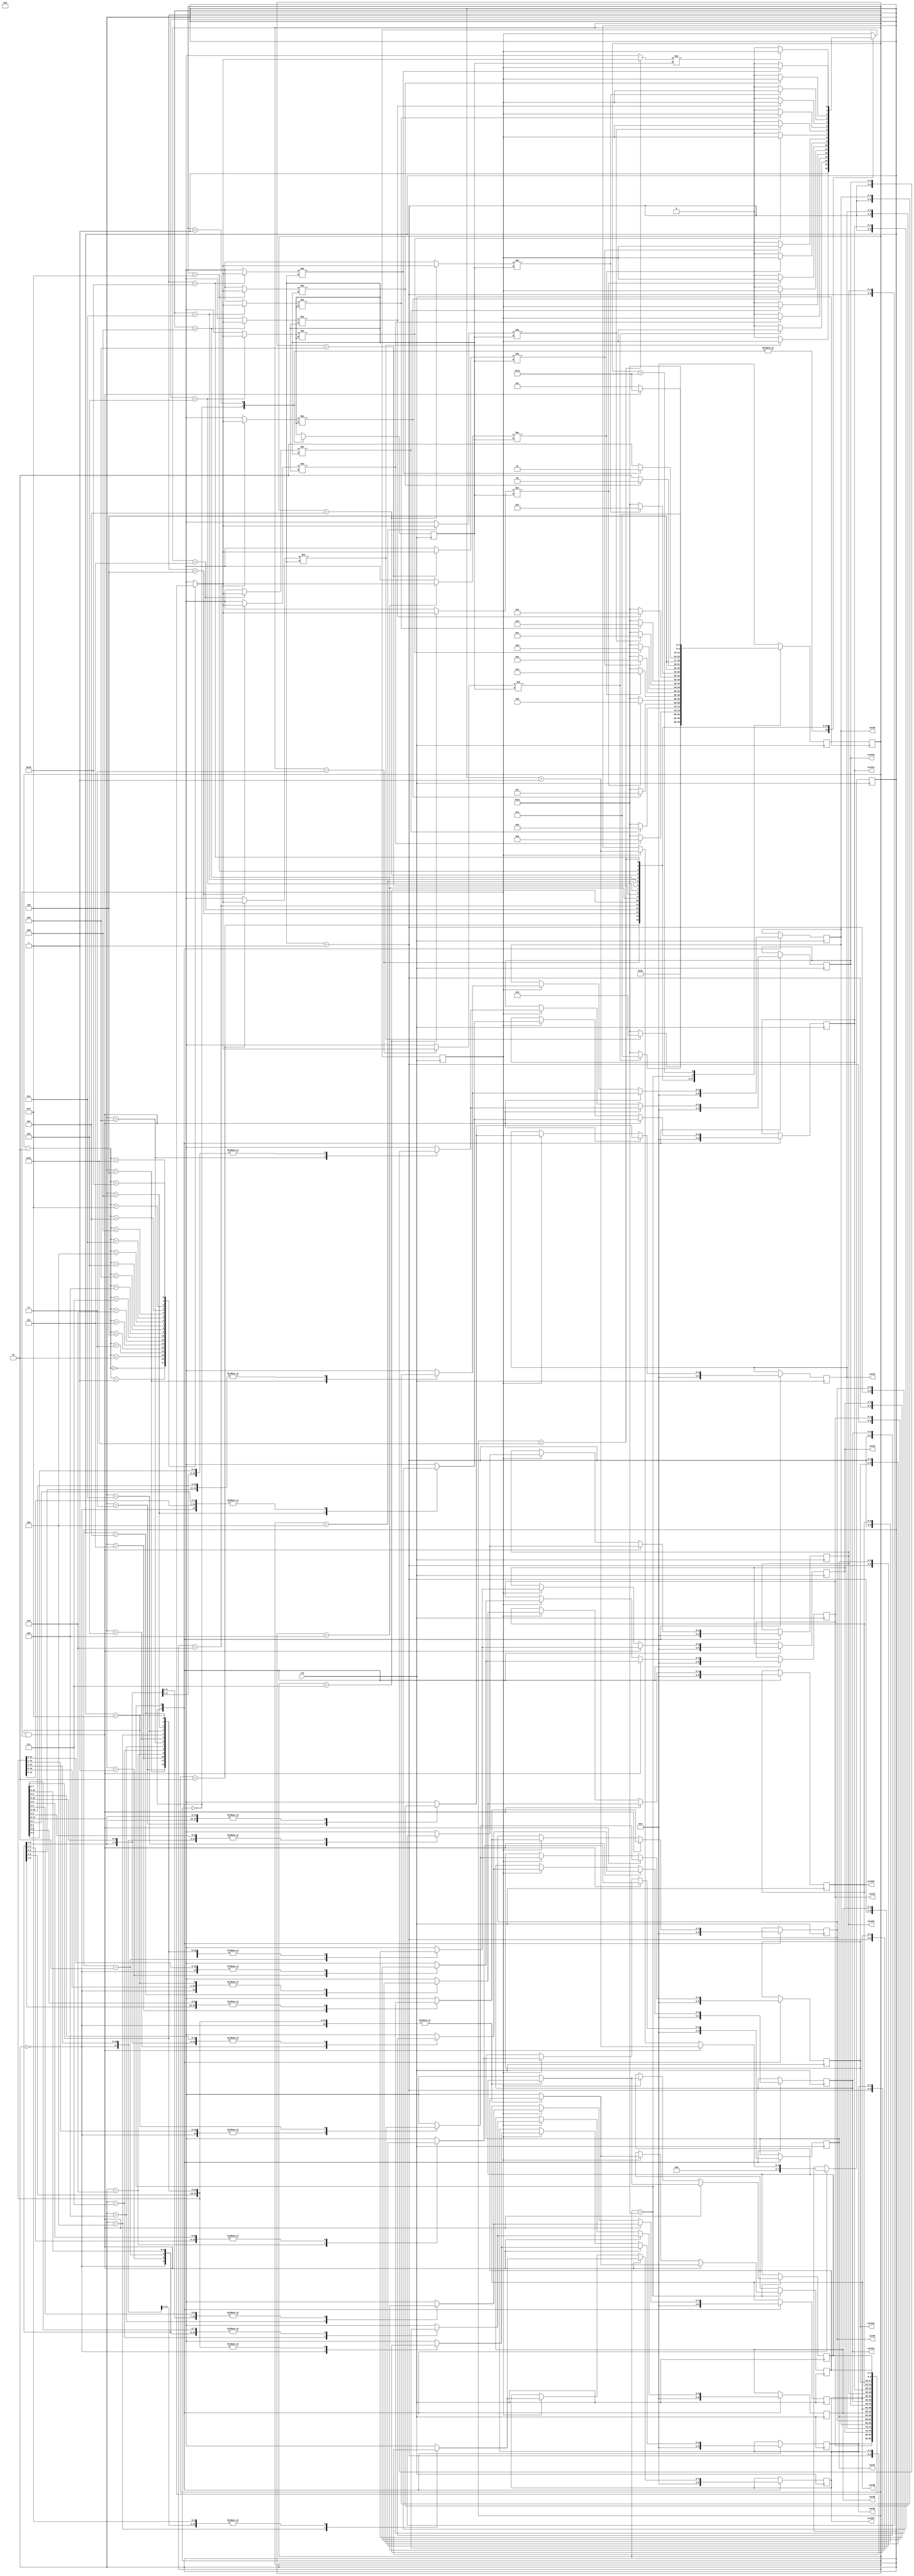
`timescale 1ns / 1ps
//////////////////////////////////////////////////////////////////////////////////
// Company: 
// Engineer: 
// 
// Design Name: 
// Module Name:    pos_generator 
// Project Name: 
// Target Devices: 
// Tool versions: 
// Description: 
//
// Dependencies: 
//
// Revision: 
// Revision 0.01 - File Created
// Additional Comments: 
//
//////////////////////////////////////////////////////////////////////////////////
module pos_generator(
    input clk,
    output reg [4:0] card1,
	 output reg [4:0] card2,
	 output reg [4:0] card3,
	 output reg [4:0] card4,
	 output reg [4:0] card5,
	 output reg [4:0] card6,
	 output reg [4:0] card7,
	 output reg [4:0] card8,
	 output reg [4:0] card9,
	 output reg [4:0] card10,
	 output reg [4:0] card11,
	 output reg [4:0] card12,
	 output reg [4:0] card13,
	 output reg [4:0] card14,
	 output reg [4:0] card15,
	 output reg [4:0] card16
    );

//internal var
reg [4:0] state, next_state;
reg [3:0] count, next_value, i, st, nst;
reg [4:0] posicion [0:17];//[3:0] [0:17]
reg avanzar0, avanzar, aceptado;
//code

 
always@(clk)
begin
card1 <=  posicion[0];
card2 <= posicion[1];
card3 <= posicion[2];
card4 <= posicion[3];
card5 <= posicion[4];
card6 <= posicion[5];
card7 <= posicion[6];
card8 <= posicion[7];
card9 <= posicion[8];
card10 <= posicion[9];
card11 <= posicion[10];
card12 <= posicion[11];
card13 <= posicion[12];
card14 <= posicion[13];
card15 <= posicion[14];
card16 <= posicion[15];
end

always@(posedge clk)
begin
case(state)
    0:begin
	   count = 0;
		aceptado = 1;
	   posicion[0] = 0;
		posicion[1] = 0;
		posicion[2] = 0;
		posicion[3] = 0;
		posicion[4] = 0; 
		posicion[5] = 0;
		posicion[6] = 0;
		posicion[7] = 0;
		posicion[8] = 0;
		posicion[9] = 0;
		posicion[10] = 0;
		posicion[11] = 0;
		posicion[12] = 0;
		posicion[13] = 0;
		posicion[14] = 0;
		posicion[15] = 0;
		next_state = 1;
		next_value = 0;
	   end
	 1:begin
	  aceptado = 1;
	  next_value = $random;
	  next_state = 2;
	  end
	 2:begin
	   if(posicion[state - 2] != next_value)
		   next_state = 3;
		else
		begin
		   aceptado = 0;
		   next_state = 18;
		end
	   end
	 3:begin
	   if(posicion[state - 2] != next_value)
		   next_state = 4;
		else
		begin		
		   next_state = 18;
		   aceptado = 0;
		end
	   end
	 4:begin
	   if(posicion[state - 2] != next_value)
		   next_state = 5;
		else
      begin		
		   next_state = 18;
		   aceptado = 0;
	   end 
	   end
	 5:begin
	   if(posicion[state - 2] != next_value)
		   next_state = 6;
		else
      begin		
		   next_state = 18;
		   aceptado = 0;
		end
	   end
	 6:begin
	   if(posicion[state - 2] != next_value)
		   next_state = 7;
		else 
		begin
		   next_state = 18;
		   aceptado = 0;
		end
	   end
	 7:begin
	   if(posicion[state - 2] != next_value)
		   next_state = 8;
		else
      begin		
		   next_state = 18;
		   aceptado = 0;
		end
	   end
	8:begin
	 if(posicion[state - 2] != next_value)
		   next_state = 9;
		else
      begin		
		   next_state = 18;
		   aceptado = 0;
		end
	   end
	 9:begin
	   if(posicion[state - 2] != next_value)///////////////////cambiar st
		   next_state = 10;
		else
      begin		
		   next_state = 18;
		   aceptado = 0;
		end
	   end
	 10:begin
	   if(posicion[state - 2] != next_value)
		   next_state = 11;
		else 
		begin
		   next_state = 18;
		   aceptado = 0;
		end
	   end
	 11:begin
	   if(posicion[state - 2] != next_value)
		   next_state = 12;
		else
      begin	
		   next_state = 18;
		   aceptado = 0;
		end
	   end
	 12:begin
	   if(posicion[state - 2] != next_value)
		   next_state = 13;
		else
      begin
			next_state = 18;
		   aceptado = 0;
	   end
		end
	 13:begin
	   if(posicion[state - 2] != next_value)
		   next_state = 14;
		else
      begin		
		   next_state = 18;
		   aceptado = 0;
		end
	   end
	 14:begin
	   if(posicion[state - 2] != next_value)
		   next_state = 15;
		else 
	   begin	
    		next_state = 18;
		   aceptado = 0;
		end
	   end
	 15:begin
	   if(posicion[state - 2] != next_value)
		   next_state = 16;
		else
		begin		
		   next_state = 18;
		   aceptado = 0;
		end
	   end
	 16:begin
	   if(posicion[state - 2] != next_value)
		   next_state = 17;
		else
		begin	
		   next_state = 18;
		   aceptado = 0;
		end
	   end
	 17:begin
		 if(posicion[state - 2] != next_value)
		   next_state = 18;
		 else
		 begin
		   next_state = 18;
		   aceptado = 0;
		 end
	   end
	 18:begin
	   //aceptado = 1;///tempo
	   if((count == 15) && aceptado)
		begin
		  posicion[count] = next_value + 1;
		  count = count + 1;
	     next_state = 19;
		end
	   else if(aceptado)
	   begin
	     posicion[count] = next_value + 1;
		  count = count + 1;
	     next_state = 1;
	   end
		else
	   begin
	     next_state = 1;
	   end
		end
	 19:begin
	   next_state = 4;
		end
	 default:next_state = 0;
endcase  
end

always@(posedge clk)
begin
state <= next_state;
end
/**
always@(posedge FPGA_Clk)
begin
case(st)
    0:begin
	   if(avanzar && (posicion[st] != next_value))
		   nst = 1;
		else if(avanzar && (posicion[st] == next_value))
		begin
		   avanzar = 0;
		   nst = 0;
		   aceptado = 0;
		end
		else
		   nst = 0;
	   end
	 1:begin
	   if(posicion[st] != next_value)
		   nst = 2;
		else
		begin
         avanzar = 0;		
		   nst = 0;
		   aceptado = 0;
		end
	   end
	 2:begin
	   if(posicion[st] != next_value)
		   nst = 3;
		else
      begin
         avanzar = 0;		
		   nst = 0;
		   aceptado = 0;
	   end 
	   end
	 3:begin
	   if(posicion[st] != next_value)
		   nst = 4;
		else
      begin
         avanzar = 0;		
		   nst = 0;
		   aceptado = 0;
		end
	   end
	 4:begin
	   if(posicion[st] != next_value)
		   nst = 5;
		else 
		begin
		   avanzar = 0;
		   nst = 0;
		   aceptado = 0;
		end
	   end
	 5:begin
	   if(posicion[st] != next_value)
		   nst = 6;
		else
      begin
         avanzar = 0;		
		   nst = 0;
		   aceptado = 0;
		end
	   end
	 6:begin
	 if(posicion[st] != next_value)
		   nst = 7;
		else
      begin
         avanzar = 0;		
		   nst = 0;
		   aceptado = 0;
		end
	   end
	 7:begin
	   if(posicion[st] != next_value)
		   nst = 8;
		else
      begin
         avanzar = 0;		
		   nst = 0;
		   aceptado = 0;
		end
	   end
	 8:begin
	   if(posicion[st] != next_value)
		   nst = 9;
		else 
		begin
		   avanzar = 0;
		   nst = 0;
		   aceptado = 0;
		end
	   end
	 9:begin
	   if(posicion[st] != next_value)
		   nst = 10;
		else
      begin
         avanzar = 0;		
		   nst = 0;
		   aceptado = 0;
		end
	   end
	 10:begin
	   if(posicion[st] != next_value)
		   nst = 11;
		else
      begin		
		   avanzar = 0;
			nst = 0;
		   aceptado = 0;
	   end
		end
	 11:begin
	   if(posicion[st] != next_value)
		   nst = 12;
		else
      begin
         avanzar = 0;		
		   nst = 0;
		   aceptado = 0;
		end
	   end
	 12:begin
	   if(posicion[st] != next_value)
		   nst = 13;
		else 
	   begin	
		   avanzar = 0;
    		nst = 0;
		   aceptado = 0;
		end
	   end
	 13:begin
	   if(posicion[st] != next_value)
		   nst = 14;
		else
		begin
         avanzar = 0;		
		   nst = 0;
		   aceptado = 0;
		end
	   end
	 14:begin
	   if(posicion[st] != next_value)
		   nst = 15;
		else
		begin 
         avanzar = 0;		
		   nst = 0;
		   aceptado = 0;
		end
	   end
	 15:begin///cambiar avanzar
	    avanzar = 0;
		 if(posicion[st] != next_value)
		   nst = 0;
		 else
		 begin
		   nst = 0;
		   aceptado = 0;
		 end
	   end
	 default:nst = 0;
endcase
end

always@(posedge FPGA_Clk)
begin
st <= nst;
end
**/
endmodule